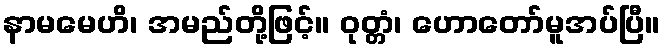
နာမမေဟိ၊ အမည်တို့ဖြင့်။ ဝုတ္တံ၊ ဟောတော်မူအပ်ပြီ။